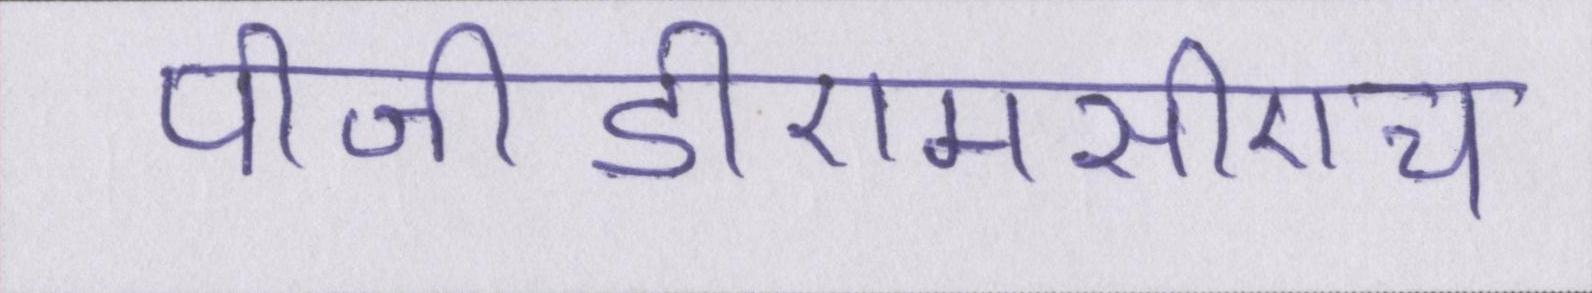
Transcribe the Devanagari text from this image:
पीजीडीएमसीएच